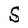
Character: S